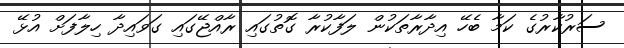
ސަރުކާރުގެ ކަމާ ބެހޭ އިދާރާތަކުން ލަފާކުރާ ގޮތުގައި ރާއްޖޭގައި ގަވައިދާ ހިލާފަށް އުޅޭ